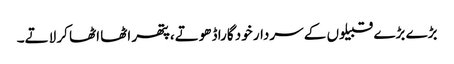
بڑے بڑے قبیلوں کے سردار خود گارا ڈھوتے،پتھر اٹھا اٹھا کر لاتے۔